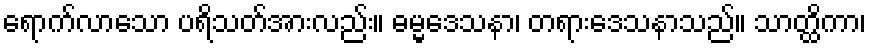
ရောက်လာသော ပရိသတ်အားလည်း။ ဓမ္မဒေသနာ၊ တရားဒေသနာသည်။ သာတ္ထိကာ၊